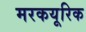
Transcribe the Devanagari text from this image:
मरकयूरिक